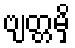
ဗျတ္တမှိ